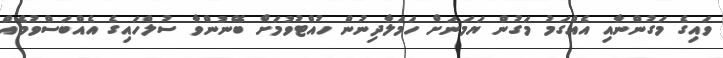
ވައިގެ މަގުންނާއި އެއްގަމު މަގުން ޔަމަނަށް ހަމަލާދިނުން ހުއްޓުވުމަށް ބޭނުންވާ ސުލްހައިގެ އެއްބަސްވުމެއް